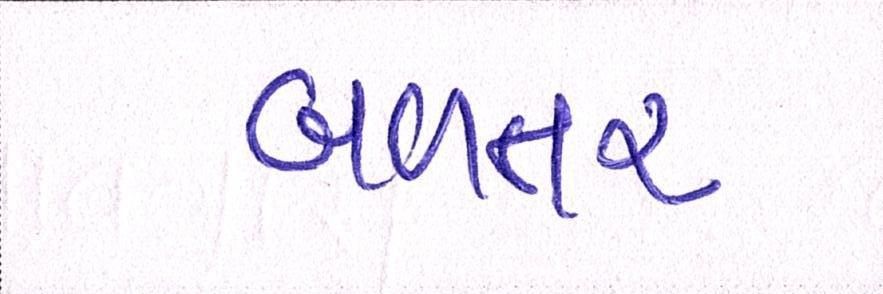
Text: બળતણ